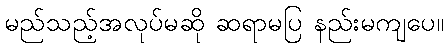
မည်သည့်အလုပ်မဆို ဆရာမပြ နည်းမကျပေ။